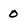
Character: 0